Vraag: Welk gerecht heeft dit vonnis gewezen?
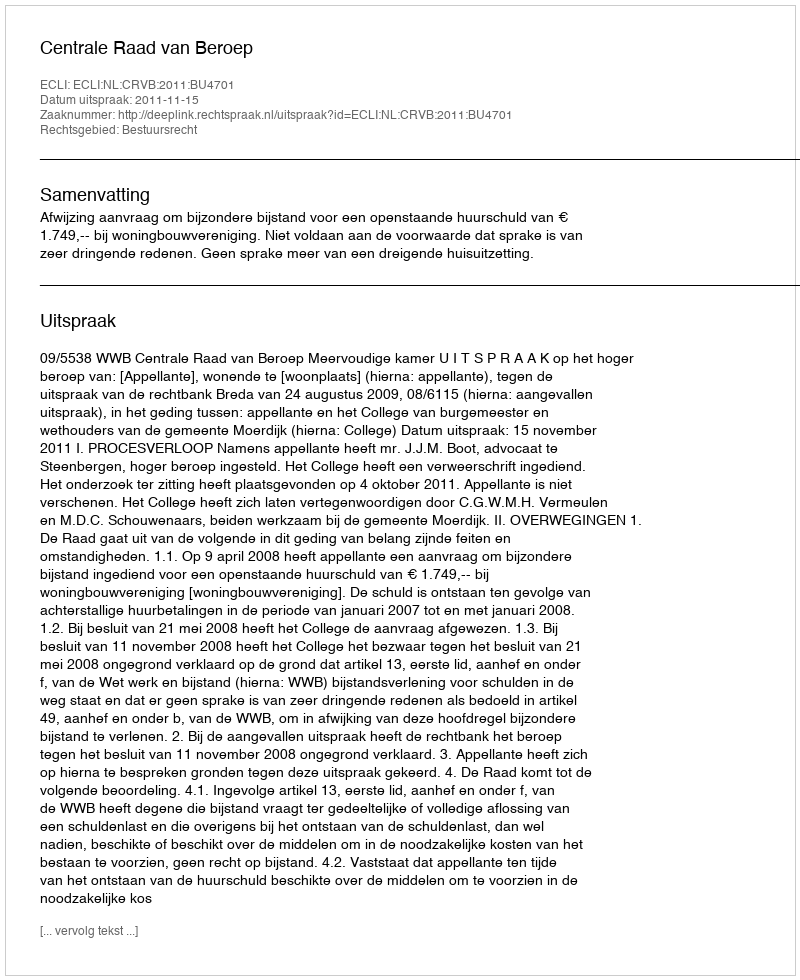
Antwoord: Centrale Raad van Beroep